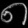
Digit: ၈